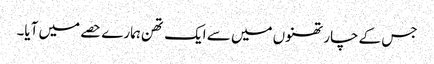
جس کے چار تھنوں میں سے ایک تھن ہمارے حصے میں آیا۔